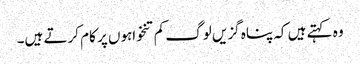
وہ کہتے ہیں کہ پناہ گزیں لوگ کم تنخواہوں پر کام کرتے ہیں۔